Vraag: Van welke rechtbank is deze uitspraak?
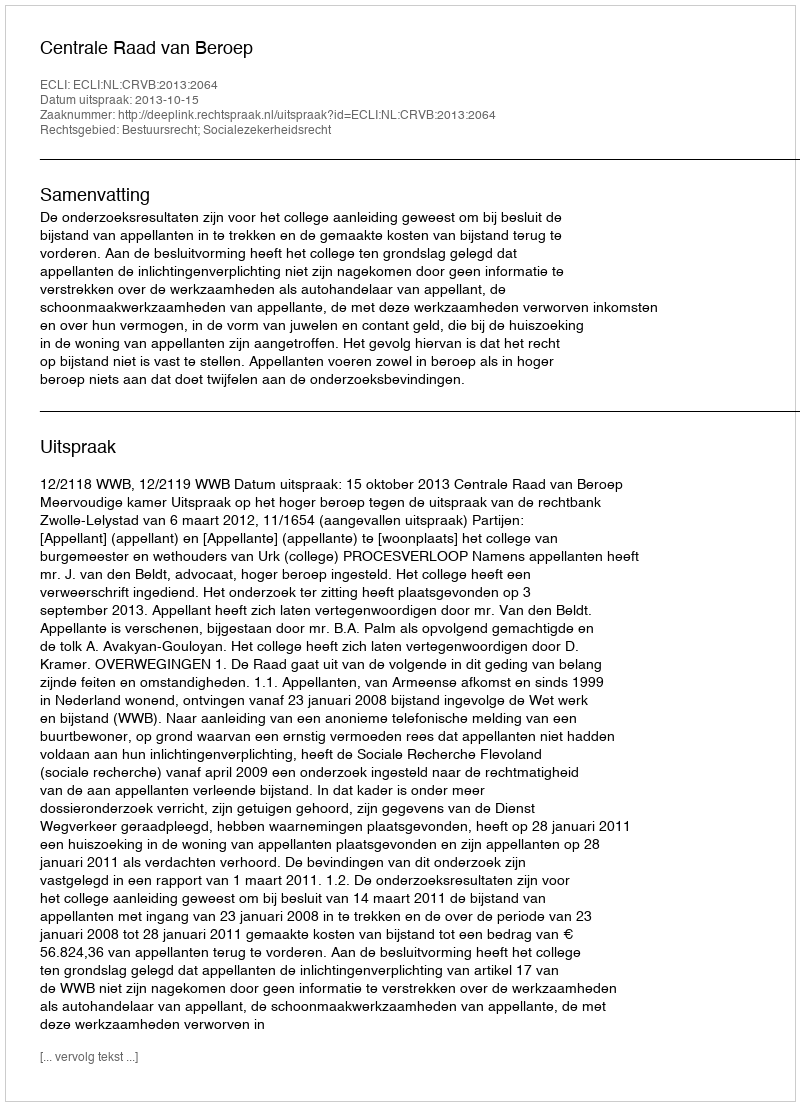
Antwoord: Centrale Raad van Beroep